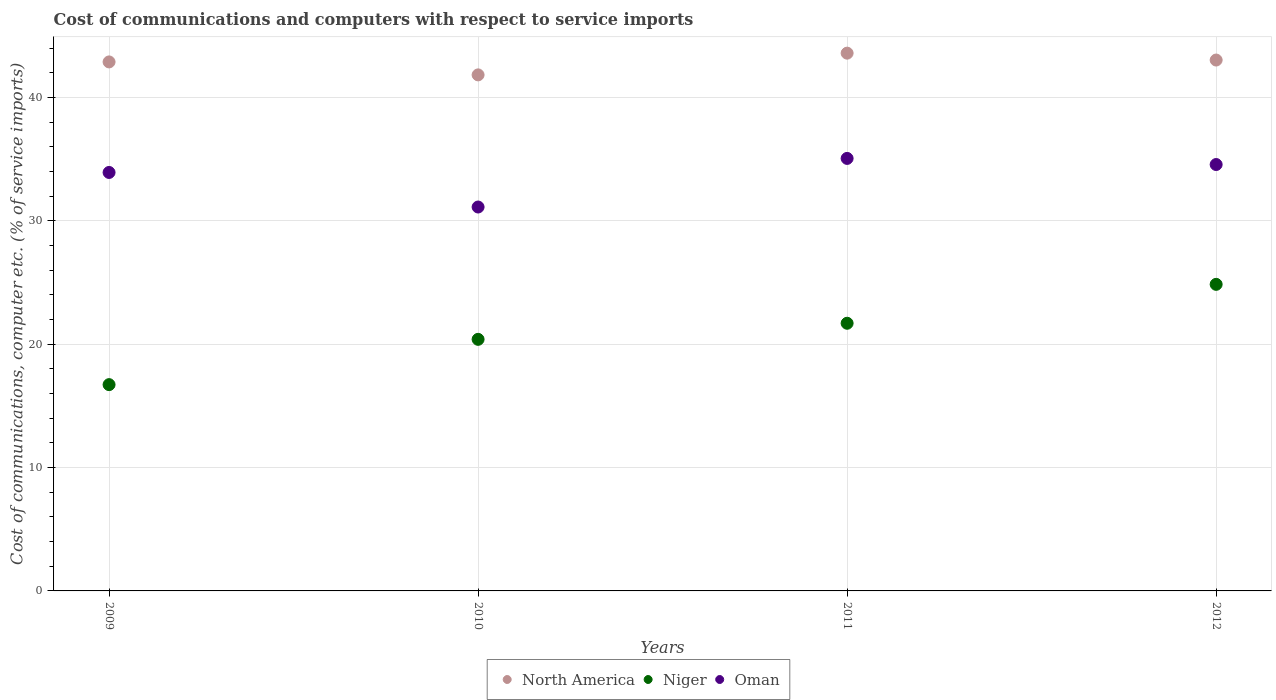
| Years | North America | Niger | Oman |
 | --- | --- | --- | --- |
 | 2009 | 42.9 | 16.7 | 33.9 |
 | 2010 | 41.8 | 20.4 | 31.1 |
 | 2011 | 43.6 | 21.7 | 35.1 |
 | 2012 | 43 | 24.9 | 34.6 |